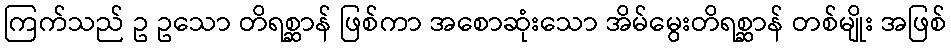
ကြက်သည် ဥ ဥသော တိရစ္ဆာန် ဖြစ်ကာ အစောဆုံးသော အိမ်မွေးတိရစ္ဆာန် တစ်မျိုး အဖြစ်